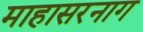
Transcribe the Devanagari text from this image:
माहासरनाग